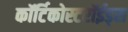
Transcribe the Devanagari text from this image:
कॉर्टिकोस्टरॉईड्स